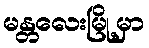
မန္တလေးမြို့မှာ